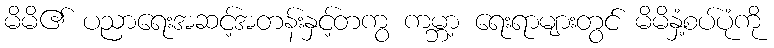
မိမိ၏ ပညာရေးအဆင့်အတန်းနှင့်တကွ ကမ္ဘာ့ ရေးရာများတွင် မိမိနှံ့စပ်ပုံကို